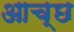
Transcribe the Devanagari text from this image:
आच्छ